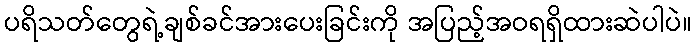
ပရိသတ်တွေရဲ့ချစ်ခင်အားပေးခြင်းကို အပြည့်အဝရရှိထားဆဲပါပဲ။